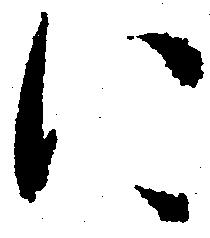
に